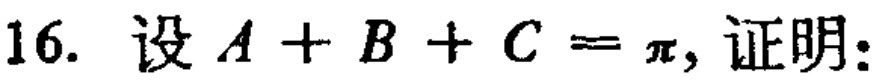
16. 设 \(A + B + C=\pi\)，证明：